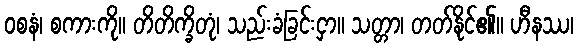
ဝစနံ၊ စကားကို။ တိတိက္ခိတုံ၊ သည်းခံခြင်းငှာ။ သတ္တာ၊ တတ်နိုင်၏။ ဟီနဿ၊